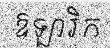
ឱឡារិក